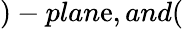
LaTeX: )-plan\mathrm{e},and(